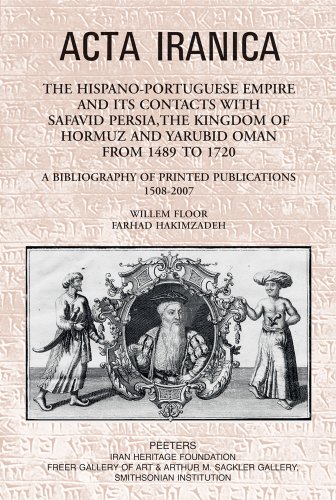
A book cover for The Hispano-Portuguese Empire and its Contacts with Safavid Persia, the Kingdom of Hormuz and Yarubid Oman from 1489 to 1720: A Bibliography of Printed Publications 1508-2007 (ACTA Iranica); W Floor; History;